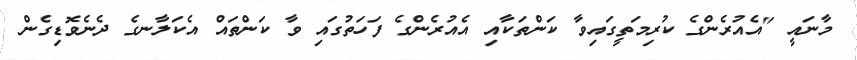
މާނައީ "އެއުރެންގެ ކުރިމަތީގައިވާ ކަންތަކާއި އެއުރެންގެ ފަހަތުގައި ވާ ކަންތައް އެކަލާނގެ ދެނެވޮޑިގެން